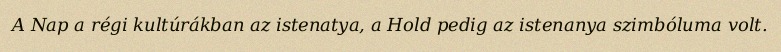
A Nap a régi kultúrákban az istenatya, a Hold pedig az istenanya szimbóluma volt.